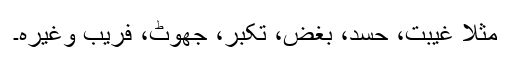
مثلاً غیبت، حسد، بغض، تکبر، جھوٹ، فریب وغیرہ۔